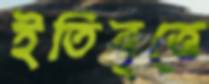
ইতিবৃত্তে